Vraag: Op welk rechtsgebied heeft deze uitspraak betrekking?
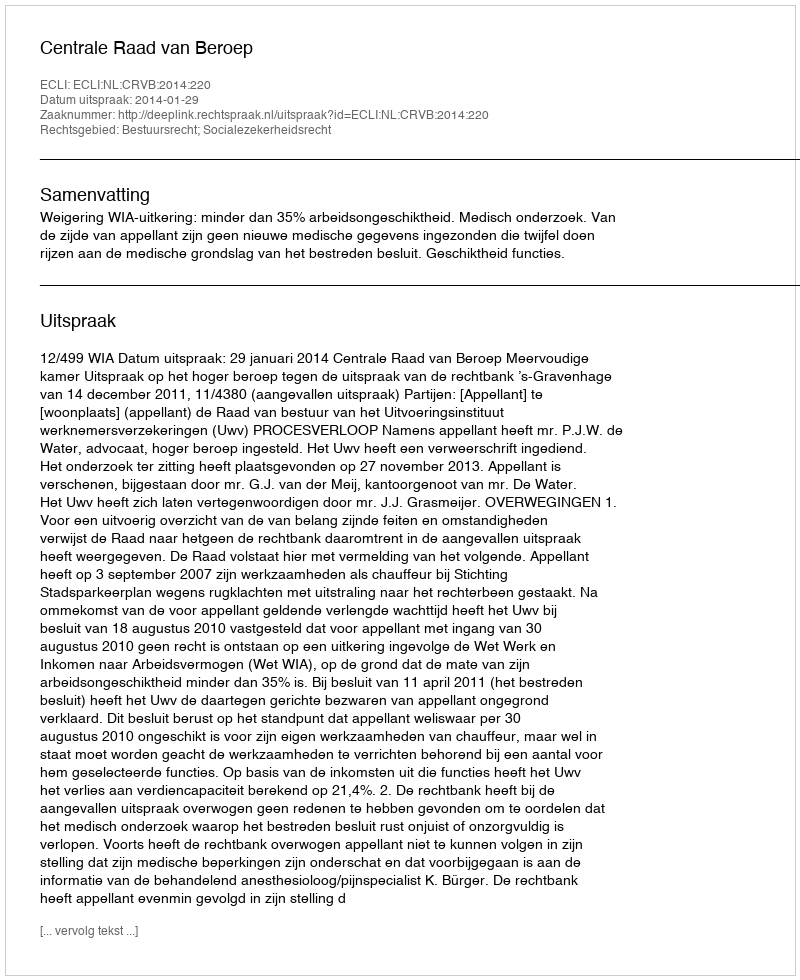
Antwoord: Bestuursrecht; Socialezekerheidsrecht